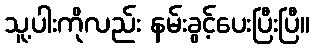
သူ့ပါးကိုလည်း နမ်းခွင့်ပေးပြီးပြီ။